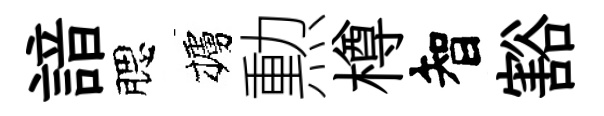
諳腮櫨勲樽智豁